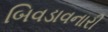
બિવડાવનારી